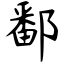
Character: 鄱